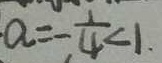
a = - \frac { 1 } { 4 } < 1 .